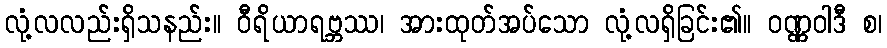
လုံ့လလည်းရှိသနည်း။ ဝီရိယာရဗ္ဘဿ၊ အားထုတ်အပ်သော လုံ့လရှိခြင်း၏။ ဝဏ္ဏဝါဒီ စ၊